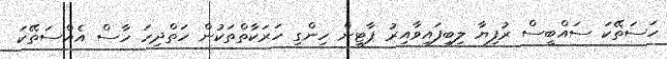
ހަސަތޭކަ ސައްބީސް ރުފިޔާ ލިބިފައިވާއިރު ޕާޓީން ހިންގި ހަރަކާތްތަކުން ހަތްދިހަ ހާސް އެއްސަތޭކަ